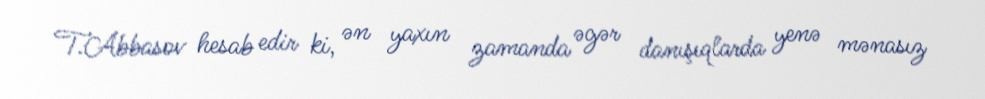
T.Abbasov hesab edir ki, ən yaxın zamanda əgər danışıqlarda yenə mənasız